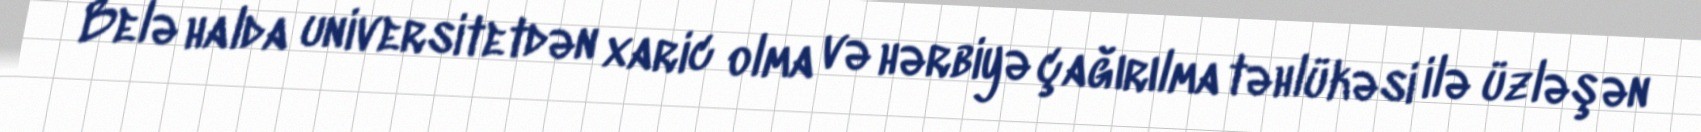
Belə halda universitetdən xaric olma və hərbiyə çağırılma təhlükəsi ilə üzləşən